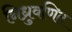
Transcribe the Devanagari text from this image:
निध्रुवणित